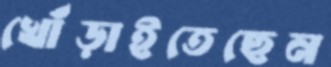
খোঁড়াইতেছেন